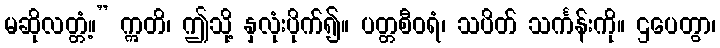
မဆိုလတ္တံ့။” ဣတိ၊ ဤသို့ နှလုံးပိုက်၍။ ပတ္တစီဝရံ၊ သပိတ် သင်္ကန်းကို။ ဌပေတွာ၊